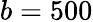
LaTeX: b=500